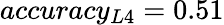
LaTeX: accuracy_{L4}=0.51